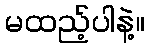
မထည့်ပါနဲ့။